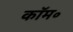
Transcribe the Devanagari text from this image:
कॉम॰